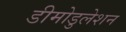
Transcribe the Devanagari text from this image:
डीमोडुलेशन